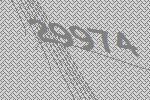
29974